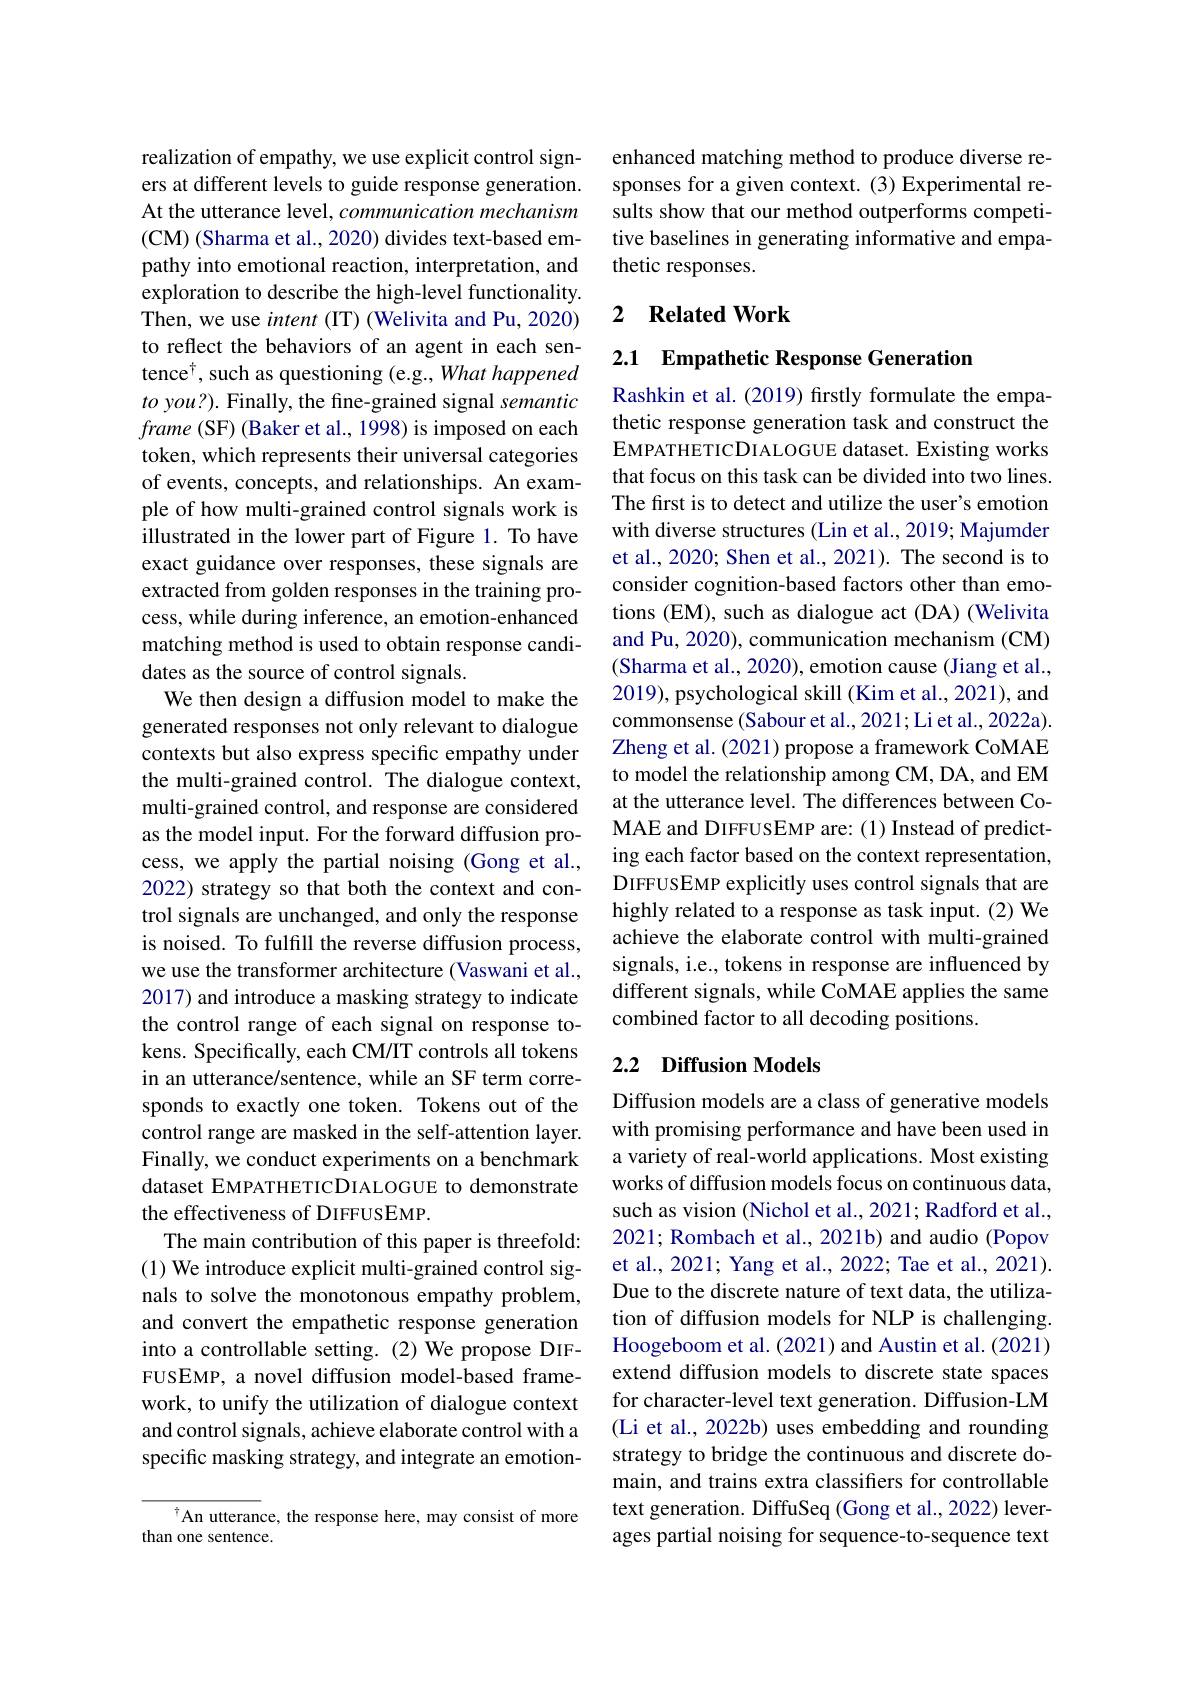
realization of empathy, we use explicit control signers at different levels to guide response generation. At the utterance level, communication mechanism (CM) (Sharma et al., 2020) divides text-based empathy into emotional reaction, interpretation, and exploration to describe the high-level functionality. Then, we use intent (IT) (Welivita and Pu, 2020) to reflect the behaviors of an agent in each sentence$^\dagger$,such as questioning (e.g., What happened $to$ you?). Finally, the fine-grained signal semantic frame (SF) (Baker et al., 1998) is imposed on each token, which represents their universal categories of events, concepts, and relationships. An example of how multi-grained control signals work is illustrated in the lower part of Figure 1. To have exact guidance over responses, these signals are extracted from golden responses in the training process, while during inference, an emotion-enhanced matching method is used to obtain response candidates as the source of control signals.
We then design a diffusion model to make the generated responses not only relevant to dialogue contexts but also express specific empathy under the multi-grained control. The dialogue context, multi-grained control, and response are considered as the model input. For the forward diffusion process, we apply the partial noising (Gong et al., 2022) strategy so that both the context and control signals are unchanged, and only the response is noised. To fulfill the reverse diffusion process, we use the transformer architecture (Vaswani et al., 2017) and introduce a masking strategy to indicate the control range of each signal on response tokens. Specifically, each CM/IT controls all tokens in an utterance/sentence, while an SF term corresponds to exactly one token. Tokens out of the control range are masked in the self-attention layer. Finally, we conduct experiments on a benchmark dataset EMPATHETICDIALOGUE to demonstrate the effectiveness of DIFFUSEMP.
The main contribution of this paper is threefold: (1) We introduce explicit multi-grained control signals to solve the monotonous empathy problem, and convert the empathetic response generation into a controllable setting.(2) We propose DIFFUSEMP, a novel diffusion model-based framework, to unify the utilization of dialogue context and control signals, achieve elaborate control with a specific masking strategy, and integrate an emotion-

An utterance, the response here, may consist of more
than one sentence.

enhanced matching method to produce diverse responses for a given context. (3) Experimental results show that our method outperforms competitive baselines in generating informative and empathetic responses.

### 2 $\textbf{Related Work}$

2.1 Empathetic Response Generation

Rashkin et al. (2019) firstly formulate the empathetic response generation task and construct the EMPATHETICDIALOGUE dataset. Existing works that focus on this task can be divided into two lines. The first is to detect and utilize the user's emotion with diverse structures (Lin et al., 2019; Majumder et al., 2020; Shen et al., 2021). The second is to consider cognition-based factors other than emotions (EM), such as dialogue act (DA) (Welivita and Pu, 2020), communication mechanism (CM) (Sharma et al., 2020), emotion cause (Jiang et al., 2019), psychological skill (Kim et al., 2021), and commonsense (Sabour et al., 2021; Li et al., 2022a) Zheng et al. (2021) propose a framework CoMAE to model the relationship among CM, DA, and EM at the utterance level. The differences between CoMAE and DIFFUSEMP are: (1) Instead of predicting each factor based on the context representation, DIFFUSEMP explicitly uses control signals that are highly related to a response as task input. (2) We achieve the elaborate control with multi-grained signals, i.e., tokens in response are influenced by different signals, while CoMAE applies the same combined factor to all decoding positions.

## 2.2 Diffusion Models

Diffusion models are a class of generative models with promising performance and have been used in a variety of real-world applications. Most existing works of diffusion models focus on continuous data, such as vision (Nichol et al., 2021; Radford et al., 2021; Rombach et al., 2021b) and audio (Popov et al., 2021; Yang et al., 2022; Tae et al., 2021). Due to the discrete nature of text data, the utilization of diffusion models for NLP is challenging. Hoogeboom et al. (2021) and Austin et al. (2021) extend diffusion models to discrete state spaces for character-level text generation. Diffusion-LM (Li et al., 2022b) uses embedding and rounding strategy to bridge the continuous and discrete domain, and trains extra classifiers for controllable text generation. DiffuSeq (Gong et al., 2022) leverages partial noising for sequence-to-sequence text